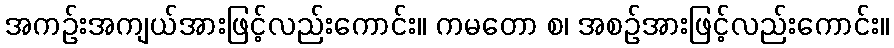
အကဉ်းအကျယ်အားဖြင့်လည်းကောင်း။ ကမတော စ၊ အစဉ်အားဖြင့်လည်းကောင်း။